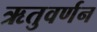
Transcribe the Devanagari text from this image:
ऋतुवर्णन